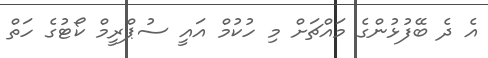
އެ ދެ ބޭފުޅުންގެ މައްޗަށް މި ހުކުމް އައީ ސުޕްރީމް ކޯޓުގެ ހަތް